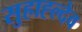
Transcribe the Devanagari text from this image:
सुहाह्ल्देव